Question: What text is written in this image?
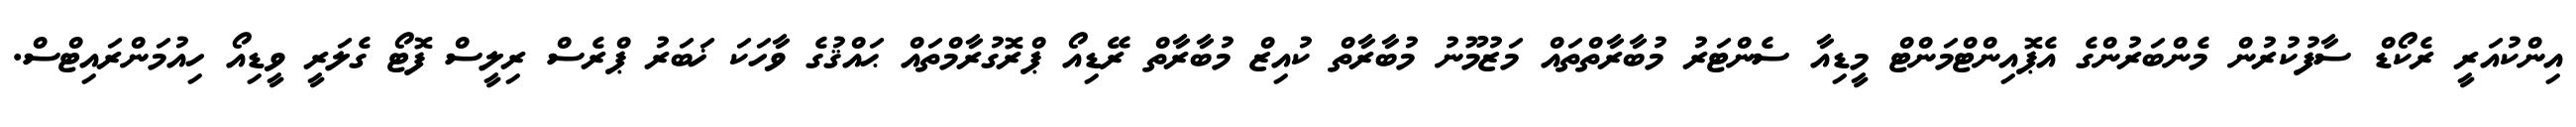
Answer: އިންކުއަރީ ރެކޯޑް ސާފުކުރުން މެންބަރުންގެ އެޕޮއިންޓްމަންޓް މީޑިއާ ސެންޓަރު މުބާރާތްތައް މަޒުމޫނު މުބާރާތް ކުއިޒް މުބާރާތް ރޭޑިއޯ ޕްރޮގުރާމްތައް ޙައްޤުގެ ވާހަކަ ޚަބަރު ޕްރެސް ރިލީސް ފޮޓޯ ގެލަރީ ވީޑިއޯ ހިއުމަންރައިޓްސް.